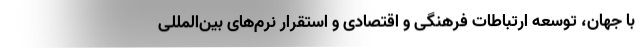
با جهان، توسعه ارتباطات فرهنگی و اقتصادی و استقرار نرم‌های بین‌المللی